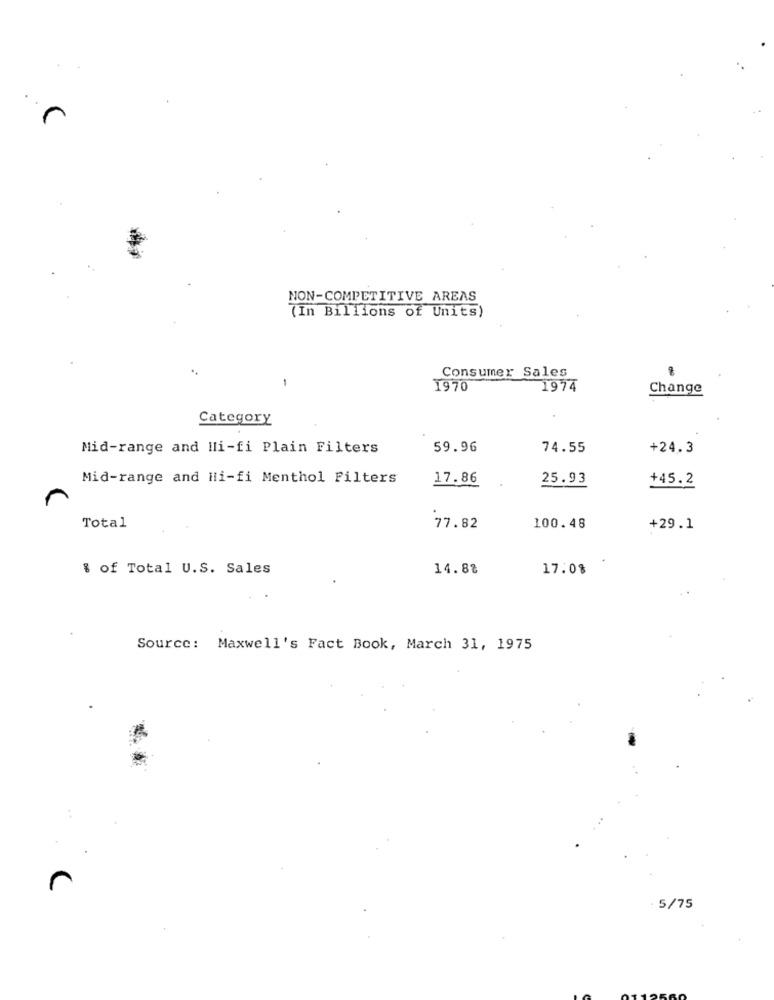
NON-COMPETITIVE AREAS
(In Billions of Units)
..
Consumer Sales
1
1970
1974
Change
Category
Mid-range and Wi-fi Plain Filters
59.96
74.55
+24.3
Mid-range and Hi-fi Menthol Filters
17.86
25.93
+45.2
Total
77.82
100.48
+29.1
% of Total U.S. Sales
14.88
17.0%
Source: Maxwell's Fact Book, March 31, 1975
5/75